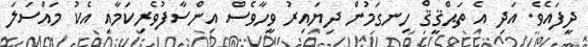
ދީފައެވެ. އަދި އެ ތަޙްޤީޤް ހިނގަމުން ދިޔައިރު ވީހާވެސް އިންސާފުވެރިކަމާއި އެކު މައްސަލަ